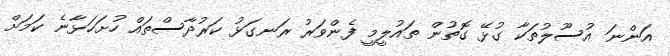
އަންނަ އުސޫލުތަކާ ގުޅޭ ގޮތުން ތައުލީމީ ފެންވަރު ރަނގަޅު ކަރުދާސްތައް ހުށަހަޅާނެ ކަމަށް